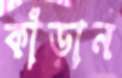
কাঁড়ান